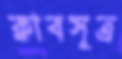
ক্লাবসূত্র